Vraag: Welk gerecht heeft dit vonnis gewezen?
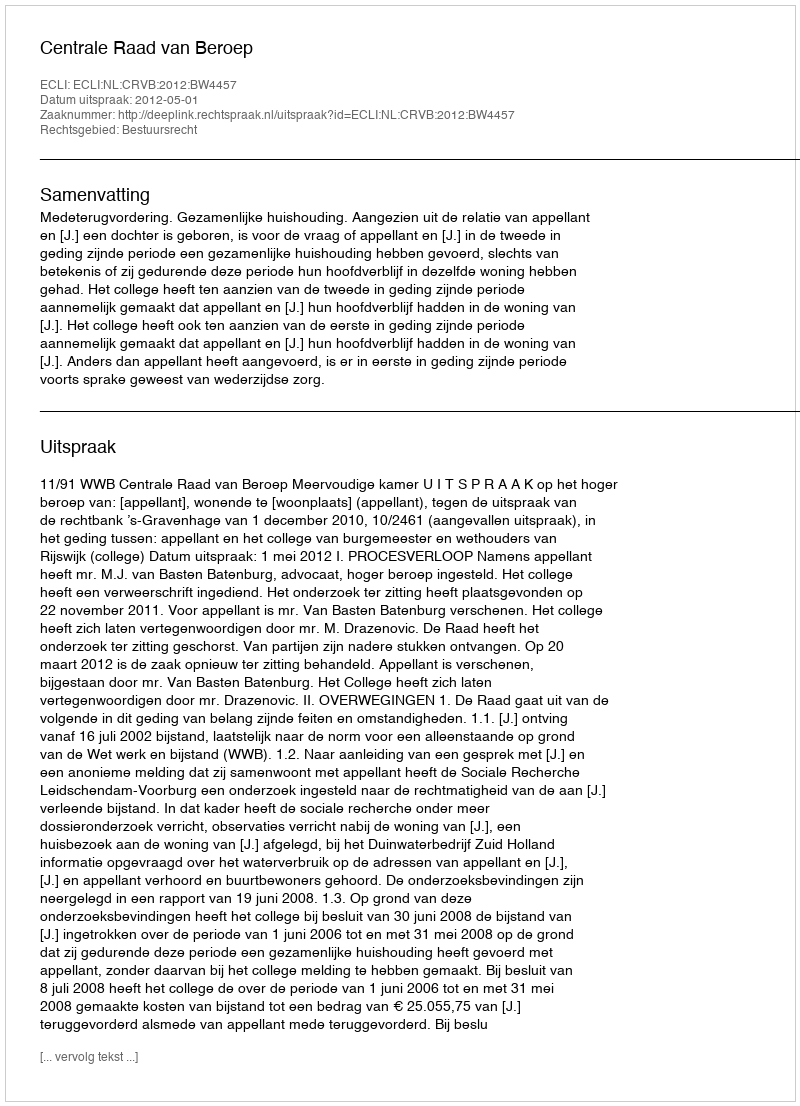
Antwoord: Centrale Raad van Beroep